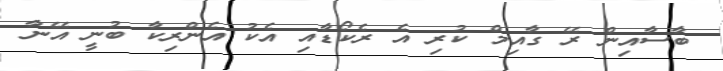
ބާސާއިން ރޭ ގާއިމް ކުރި އެ ރެކޯޑާއި އެކު އެންރިކާ ބުނީ އޭނާ